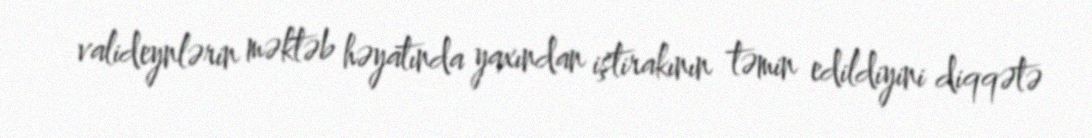
valideynlərin məktəb həyatında yaxından iştirakının təmin edildiyini diqqətə